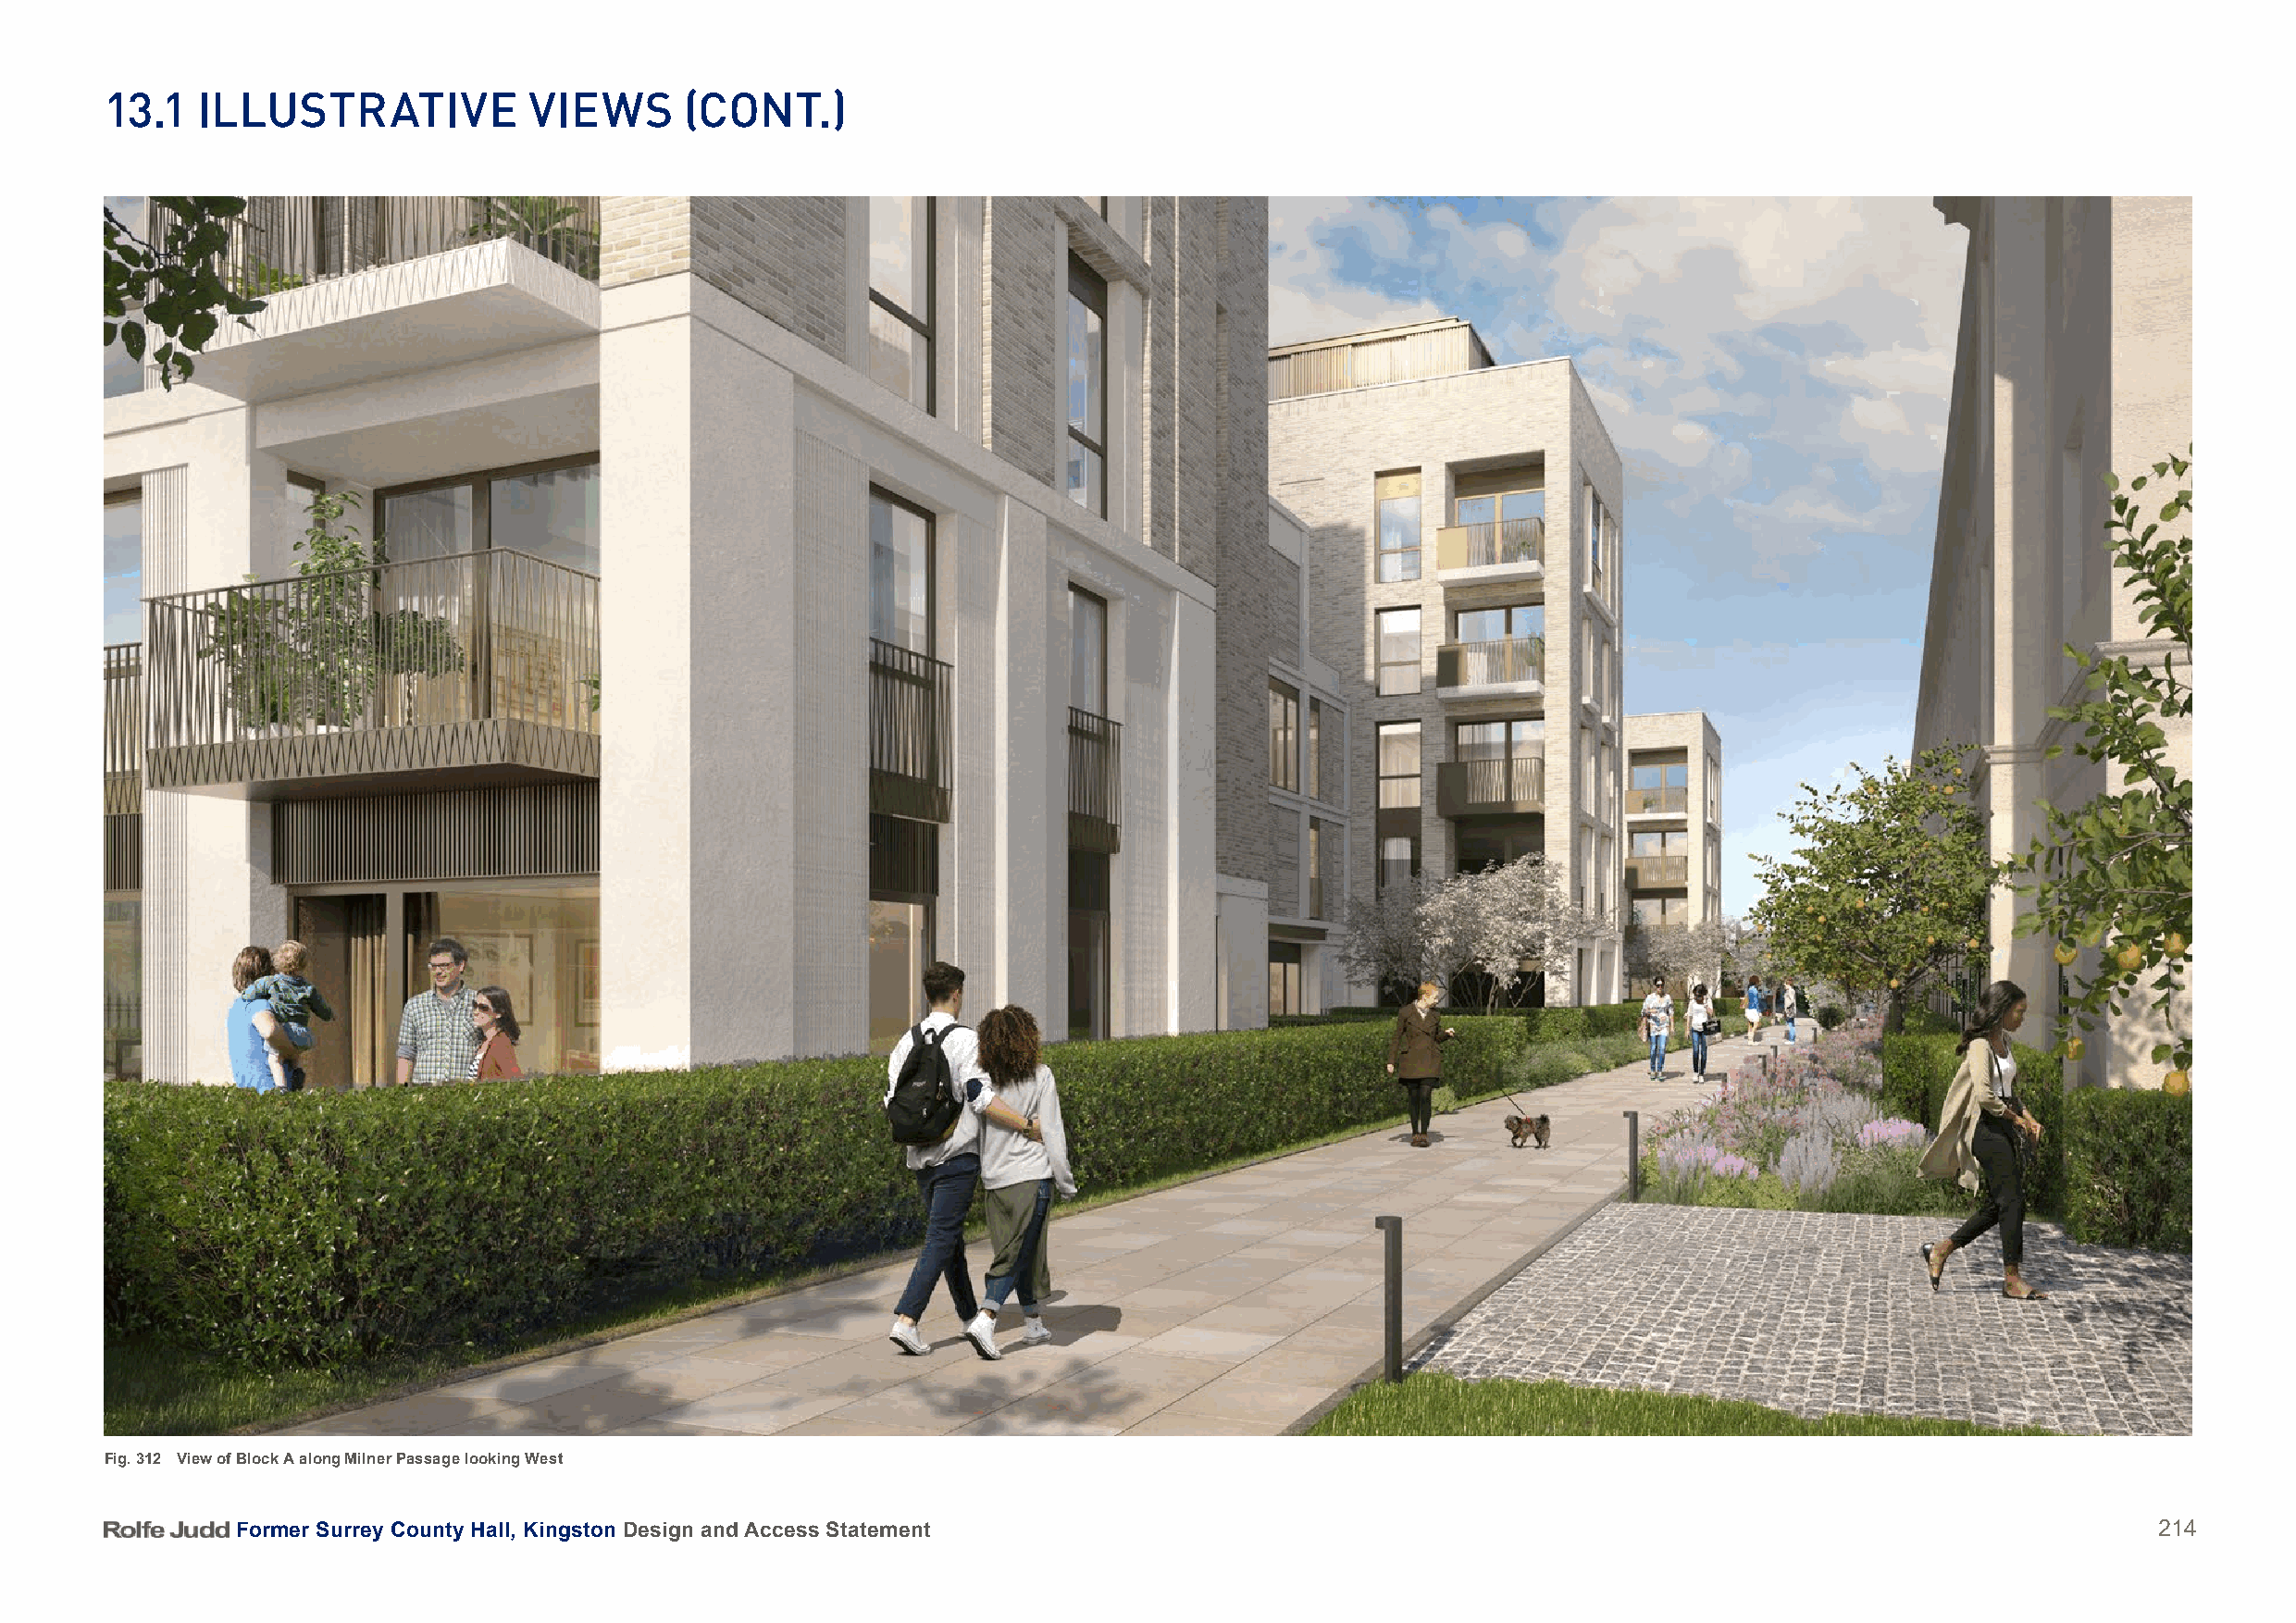
13.1   illuStratiVe            VieWS      (Cont.)
 Fig. 312 View of Block A along Milner Passage looking West
 Former Surrey County Hall, Kingston Design and Access Statement                                                                          214